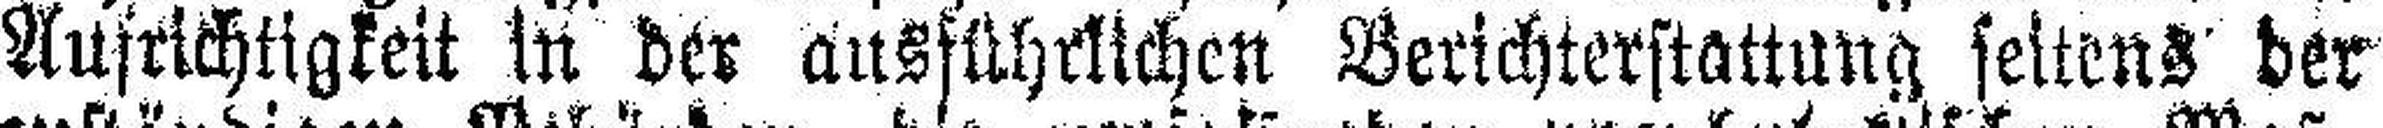
Aufrichtigkeit in der ausführlichen Berichterstattung seitens der